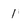
Character: 1